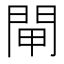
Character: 閘